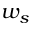
w _ { s }